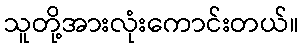
သူတို့အားလုံးကောင်းတယ်။